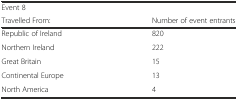
<table><thead><tr><td colspan="2"><b>Event 8</b></td></tr><tr><td><b>Travelled From:</b></td><td><b>Number of event entrants</b></td></tr></thead><tbody><tr><td>Republic of Ireland</td><td>820</td></tr><tr><td>Northern Ireland</td><td>222</td></tr><tr><td>Great Britain</td><td>15</td></tr><tr><td>Continental Europe</td><td>13</td></tr><tr><td>North America</td><td>4</td></tr></tbody></table>